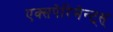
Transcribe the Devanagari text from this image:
एक्सपेरिमेन्ट्‌स्